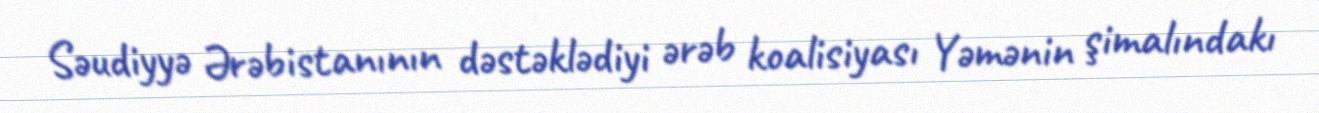
Səudiyyə Ərəbistanının dəstəklədiyi ərəb koalisiyası Yəmənin şimalındakı